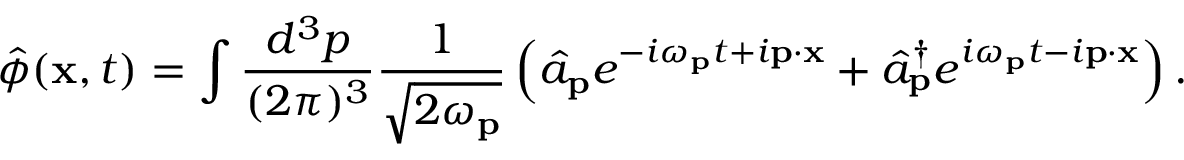
{ \hat { \phi } } ( \mathbf { x } , t ) = \int { \frac { d ^ { 3 } p } { ( 2 \pi ) ^ { 3 } } } { \frac { 1 } { \sqrt { 2 \omega _ { \mathbf { p } } } } } \left( { \hat { a } } _ { \mathbf { p } } e ^ { - i \omega _ { \mathbf { p } } t + i \mathbf { p } \cdot \mathbf { x } } + { \hat { a } } _ { \mathbf { p } } ^ { \dagger } e ^ { i \omega _ { \mathbf { p } } t - i \mathbf { p } \cdot \mathbf { x } } \right) .